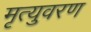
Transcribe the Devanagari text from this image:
मृत्युवरण